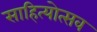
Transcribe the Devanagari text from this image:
साहित्योत्सव